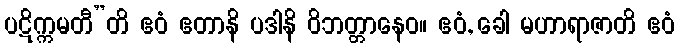
ပဋိက္ကမတီ”တိ ဧဝံ ဧတာနိ ပဒါနိ ဝိဘတ္တာနေဝ။ ဧဝံ, ခေါ မဟာရာဇာတိ ဧဝံ